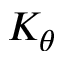
K _ { \theta }